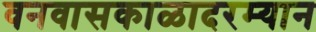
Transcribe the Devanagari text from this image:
वनवासकाळादरम्यान